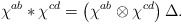
\begin{align*}\chi ^{ab}\ast \chi ^{cd}=\left( \chi ^{ab}\otimes \chi ^{cd}\right) \Delta .\end{align*}